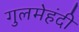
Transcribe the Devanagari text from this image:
गुलमेहंदी